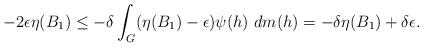
LaTeX: \begin{align*}-2\epsilon\eta(B_{1}) \leq - \delta \int_{G} (\eta(B_{1}) - \epsilon) \psi(h)~dm(h) = - \delta\eta(B_{1}) + \delta\epsilon.\end{align*}